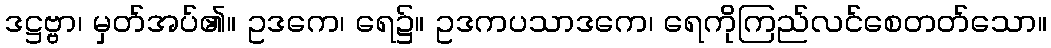
ဒဋ္ဌဗ္ဗာ၊ မှတ်အပ်၏။ ဥဒကေ၊ ရေ၌။ ဥဒကပသာဒကေ၊ ရေကိုကြည်လင်စေတတ်သော။